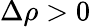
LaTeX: \Delta\rho>0